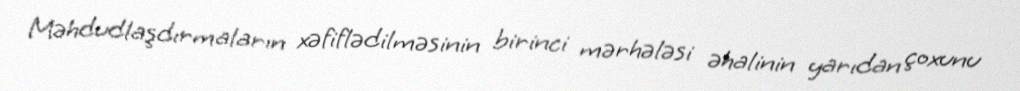
Məhdudlaşdırmaların xəfiflədilməsinin birinci mərhələsi əhalinin yarıdan çoxunu